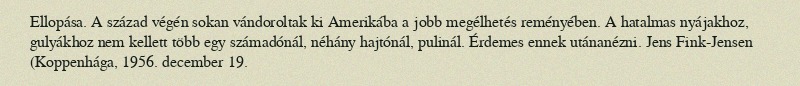
Ellopása. A század végén sokan vándoroltak ki Amerikába a jobb megélhetés reményében. A hatalmas nyájakhoz, gulyákhoz nem kellett több egy számadónál, néhány hajtónál, pulinál. Érdemes ennek utánanézni. Jens Fink-Jensen (Koppenhága, 1956. december 19.